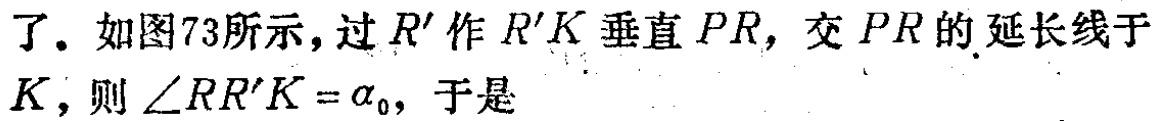
了. 如图73所示，过\(R'\)作\(R'K\)垂直\(PR\)，交\(PR\)的延长线于\(K\)，则\(\angle RR'K = \alpha_0\)，于是